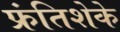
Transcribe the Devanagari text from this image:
फ्रंतिशेके